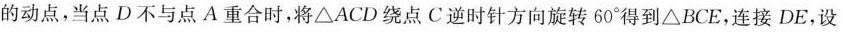
的动点，当点D不与点A重合时，将△ACD绕点C逆时针方向旋转60°得到△BCE，连接DE，设